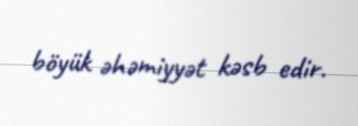
böyük əhəmiyyət kəsb edir.